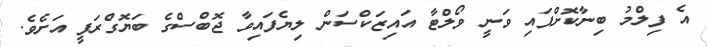
އެ ފިލްމު ބިނާކޮށްފައި ވަނީ ވޯލްޓާ އައިޒަކްސަން ލިޔެފައިވާ ޖޮބްސްގެ ބަޔޮގްރަފީ އަށެވެ.